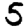
Digit: 5